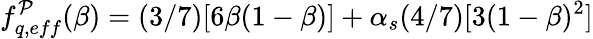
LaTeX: f_{q,eff}^{{\cal{P}}}(\beta)=(3/7)[6\beta(1-\beta)]+\alpha_{s}(4/7)[3(1-\beta)^{2}]